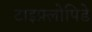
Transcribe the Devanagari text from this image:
टाइफ़्लोपिडे